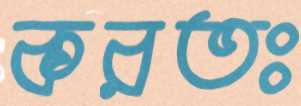
করতঃ